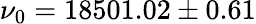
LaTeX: \nu_{0}=18501.02\pm 0.61